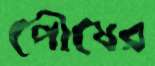
পৌষের